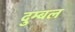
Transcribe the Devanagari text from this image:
दुम्बल